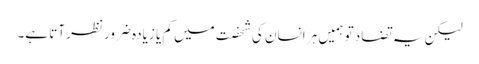
لیکن یہ تضاد تو ہمیں ہر انسان کی شخصت میں کم یا زیادہ ضرور نظر آتا ہے۔